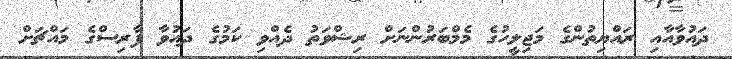
ދައުވާއާއި ރައްޔިތުންގެ މަޖިލީހުގެ މެމްބަރުންނަށް ރިޝްވަތު ދެއްވި ކަމުގެ ދައުވާ ފާރިސްގެ މައްޗަށް